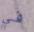
في